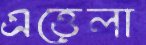
এত্তেলা